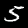
Label: 5